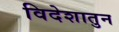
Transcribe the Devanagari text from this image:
विदेशातुन